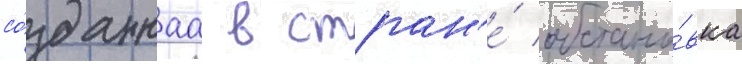
со́зданнаа в стран'е́ обстано́вка